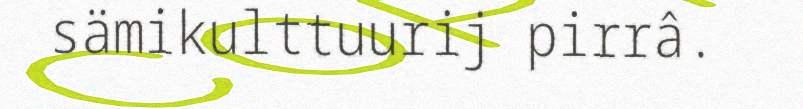
sämikulttuurij pirrâ.